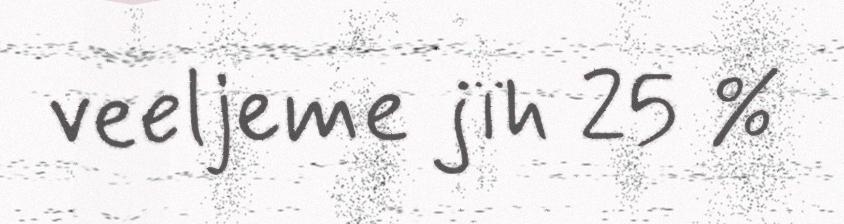
veeljeme jïh 25 %